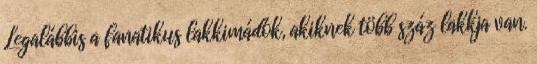
Legalábbis a fanatikus lakkimádók, akiknek több száz lakkja van.